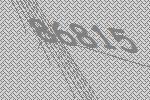
86815